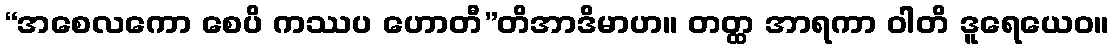
“အစေလကော စေပိ ကဿပ ဟောတီ”တိအာဒိမာဟ။ တတ္ထ အာရကာ ဝါတိ ဒူရေယေဝ။